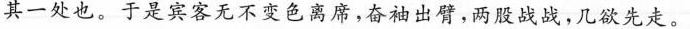
其一处也。于是宾客无不变色离席，奋袖出臂，两股战战，几欲先走。